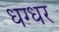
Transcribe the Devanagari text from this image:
धग्धर